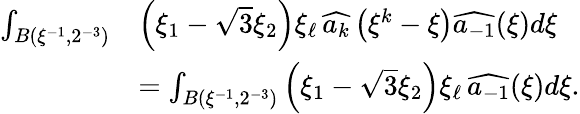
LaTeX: \begin{array}{rl}{\int_{B(\xi^{-1},2^{-3})}}&{\left(\xi_{1}-\sqrt{3}\xi_{2}\right)\xi_{\ell}\, \widehat{a_{k}}\left(\xi^{k}-\xi\right)\widehat{a_{-1}}(\xi)d\xi}\\ &{=\int_{B(\xi^{-1},2^{-3})}\left(\xi_{1}-\sqrt{3}\xi_{2}\right)\xi_{\ell}\, \widehat{a_{-1}}(\xi)d\xi.}\end{array}